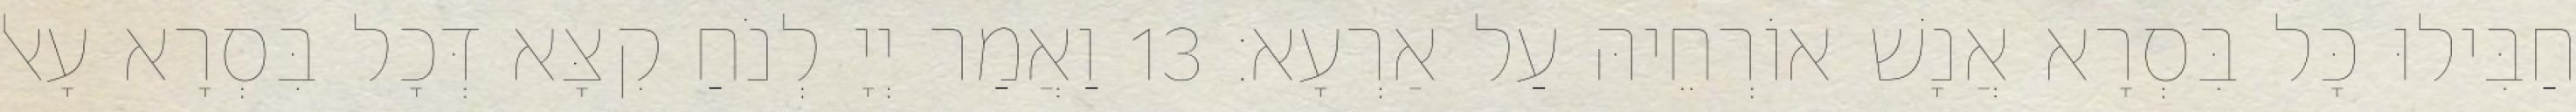
חַבִּילוּ כָּל בִּסְרָא אֲנָשׁ אוֹרְחֵיהּ עַל אַרְעָא׃ 13 וַאֲמַר יְיָ לְנֹחַ קִצָּא דְּכָל בִּסְרָא עָאל